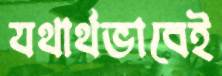
যথার্থভাবেই